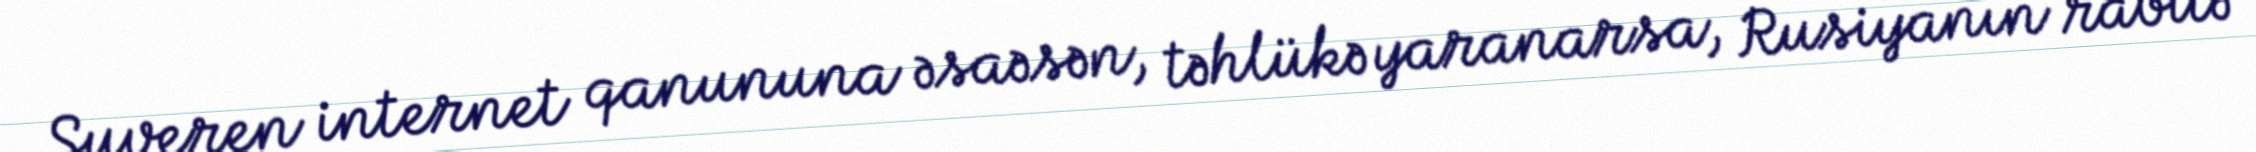
Suveren internet qanununa əsaəsən, təhlükə yaranarsa, Rusiyanın rabitə